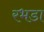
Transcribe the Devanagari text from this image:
रभडा